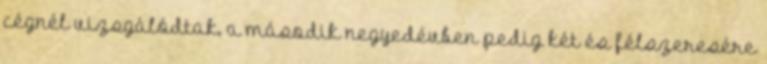
cégnél vizsgálódtak, a második negyedévben pedig két és félszeresére